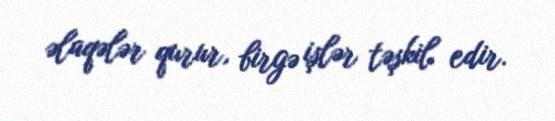
əlaqələr qurur, birgə işlər təşkil edir.